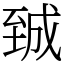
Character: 臹